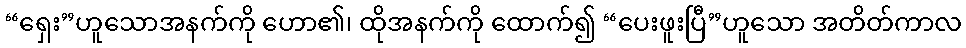
“ရှေး”ဟူသောအနက်ကို ဟော၏၊ ထိုအနက်ကို ထောက်၍ “ပေးဖူးပြီ”ဟူသော အတိတ်ကာလ